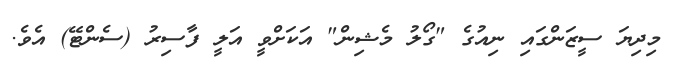
މިދިޔަ ސީޒަންގައި ނިއުގެ "ގޯލު މެޝިން" އަކަށްވީ އަލީ ފާސިރު (ސެންޓޭ) އެވެ.